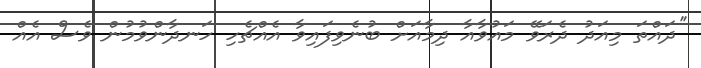
''ދައްތަ މިއަދު ދެރަވޭ މައުވާއާ ދިމާއަށް ބުނެވިފައިވާ އެއްޗެހި ހަނދާންވުމުން ވެސް އެއް